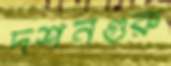
দর্শনগুরু